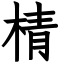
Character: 棈